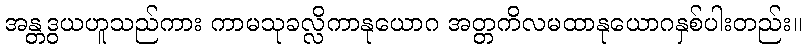
အန္တဒွယဟူသည်ကား ကာမသုခလ္လိကာနုယောဂ အတ္တကိလမထာနုယောဂနှစ်ပါးတည်း။